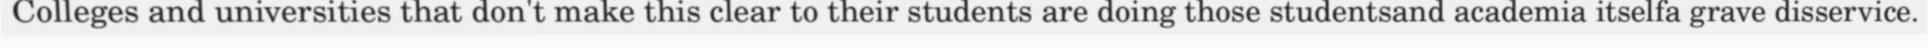
Colleges and universities that don't make this clear to their students are doing those studentsand academia itselfa grave disservice.